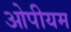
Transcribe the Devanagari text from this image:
ओपीयम